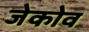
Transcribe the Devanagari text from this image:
जेकोव